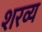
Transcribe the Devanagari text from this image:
शरव्य